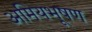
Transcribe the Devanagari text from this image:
अमियभूषण